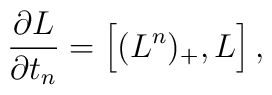
{\partial {L} \over \partial t_n} =\Big[  ({L}^n)_{+}, {L} \Big]\,,